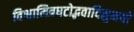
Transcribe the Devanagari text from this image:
विश्वामित्रघटोद्भवादिमुनयो